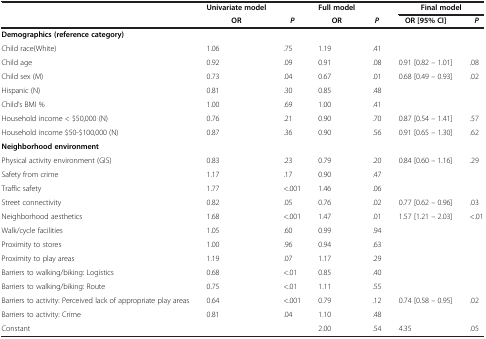
<table><thead><tr><td>[EMPTY_CELL]</td><td><b>Univariate model</b></td><td>[EMPTY_CELL]</td><td><b>Full model</b></td><td>[EMPTY_CELL]</td><td colspan="2"><b>Final model</b></td></tr><tr><td>[EMPTY_CELL]</td><td><b>OR</b></td><td><b><i>P</i></b></td><td><b>OR</b></td><td><b><i>P</i></b></td><td><b>OR [95% CI]</b></td><td><b><i>P</i></b></td></tr></thead><tbody><tr><td><b>Demographics (reference category)</b></td><td>[EMPTY_CELL]</td><td>[EMPTY_CELL]</td><td>[EMPTY_CELL]</td><td>[EMPTY_CELL]</td><td>[EMPTY_CELL]</td><td>[EMPTY_CELL]</td></tr><tr><td>Child race(White)</td><td>1.06</td><td>.75</td><td>1.19</td><td>.41</td><td>[EMPTY_CELL]</td><td>[EMPTY_CELL]</td></tr><tr><td>Child age</td><td>0.92</td><td>.09</td><td>0.91</td><td>.08</td><td>0.91 [0.82 – 1.01]</td><td>.08</td></tr><tr><td>Child sex (M)</td><td>0.73</td><td>.04</td><td>0.67</td><td>.01</td><td>0.68 [0.49 – 0.93]</td><td>.02</td></tr><tr><td>Hispanic (N)</td><td>0.81</td><td>.30</td><td>0.85</td><td>.48</td><td>[EMPTY_CELL]</td><td>[EMPTY_CELL]</td></tr><tr><td>Child’s BMI %</td><td>1.00</td><td>.69</td><td>1.00</td><td>.41</td><td>[EMPTY_CELL]</td><td>[EMPTY_CELL]</td></tr><tr><td>Household income &lt; $50,000 (N)</td><td>0.76</td><td>.21</td><td>0.90</td><td>.70</td><td>0.87 [0.54 – 1.41]</td><td>.57</td></tr><tr><td>Household income $50-$100,000 (N)</td><td>0.87</td><td>.36</td><td>0.90</td><td>.56</td><td>0.91 [0.65 – 1.30]</td><td>.62</td></tr><tr><td><b>Neighborhood environment</b></td><td>[EMPTY_CELL]</td><td>[EMPTY_CELL]</td><td>[EMPTY_CELL]</td><td>[EMPTY_CELL]</td><td>[EMPTY_CELL]</td><td>[EMPTY_CELL]</td></tr><tr><td>Physical activity environment (GIS)</td><td>0.83</td><td>.23</td><td>0.79</td><td>.20</td><td>0.84 [0.60 – 1.16]</td><td>.29</td></tr><tr><td>Safety from crime</td><td>1.17</td><td>.17</td><td>0.90</td><td>.47</td><td>[EMPTY_CELL]</td><td>[EMPTY_CELL]</td></tr><tr><td>Traffic safety</td><td>1.77</td><td>&lt;.001</td><td>1.46</td><td>.06</td><td>[EMPTY_CELL]</td><td>[EMPTY_CELL]</td></tr><tr><td>Street connectivity</td><td>0.82</td><td>.05</td><td>0.76</td><td>.02</td><td>0.77 [0.62 – 0.96]</td><td>.03</td></tr><tr><td>Neighborhood aesthetics</td><td>1.68</td><td>&lt;.001</td><td>1.47</td><td>.01</td><td>1.57 [1.21 – 2.03]</td><td>&lt;.01</td></tr><tr><td>Walk/cycle facilities</td><td>1.05</td><td>.60</td><td>0.99</td><td>.94</td><td>[EMPTY_CELL]</td><td>[EMPTY_CELL]</td></tr><tr><td>Proximity to stores</td><td>1.00</td><td>.96</td><td>0.94</td><td>.63</td><td>[EMPTY_CELL]</td><td>[EMPTY_CELL]</td></tr><tr><td>Proximity to play areas</td><td>1.19</td><td>.07</td><td>1.17</td><td>.29</td><td>[EMPTY_CELL]</td><td>[EMPTY_CELL]</td></tr><tr><td>Barriers to walking/biking: Logistics</td><td>0.68</td><td>&lt;.01</td><td>0.85</td><td>.40</td><td>[EMPTY_CELL]</td><td>[EMPTY_CELL]</td></tr><tr><td>Barriers to walking/biking: Route</td><td>0.75</td><td>&lt;.01</td><td>1.11</td><td>.55</td><td>[EMPTY_CELL]</td><td>[EMPTY_CELL]</td></tr><tr><td>Barriers to activity: Perceived lack of appropriate play areas</td><td>0.64</td><td>&lt;.001</td><td>0.79</td><td>.12</td><td>0.74 [0.58 – 0.95]</td><td>.02</td></tr><tr><td>Barriers to activity: Crime</td><td>0.81</td><td>.04</td><td>1.10</td><td>.48</td><td>[EMPTY_CELL]</td><td>[EMPTY_CELL]</td></tr><tr><td>Constant</td><td>[EMPTY_CELL]</td><td>[EMPTY_CELL]</td><td>2.00</td><td>.54</td><td>4.35</td><td>.05</td></tr></tbody></table>